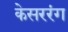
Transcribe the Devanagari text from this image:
केसररंग